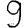
Digit: 9